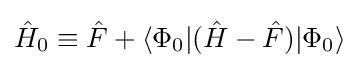
{\hat {H}}_{0}\equiv {\hat {F}}+\langle \Phi _{0}|({\hat {H}}-{\hat {F}})|\Phi _{0}\rangle